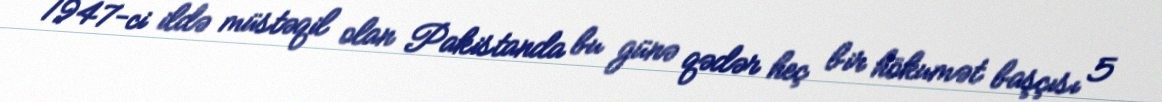
1947-ci ildə müstəqil olan Pakistanda bu günə qədər heç bir hökumət başçısı 5